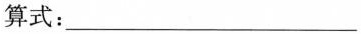
算式：___